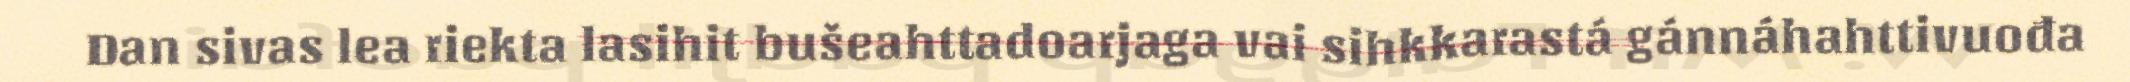
Dan sivas lea riekta lasihit bušeahttadoarjaga vai sihkkarastá gánnáhahttivuođa